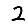
Digit: 2